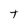
Character: t